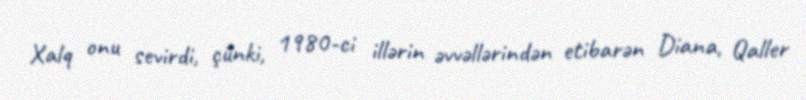
Xalq onu sevirdi, çünki, 1980-ci illərin əvvəllərindən etibarən Diana, Qaller